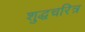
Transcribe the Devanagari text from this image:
शुद्धचरित्र